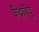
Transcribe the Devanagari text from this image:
केंद्रविंदु